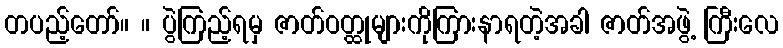
တပည့်တော်။ ။ ပွဲကြည့်ရမှ ဇာတ်ဝတ္ထုများကိုကြားနာရတဲ့အခါ ဇာတ်အဖွဲ့ ကြီးလေ